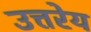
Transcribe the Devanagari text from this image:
उत्तरेय